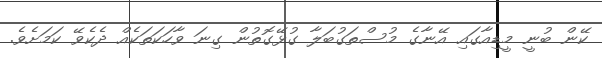
ކޭން ބުނީ މީޑިއާގައި އޭނާގެ މުސްތަގުބަލާ ގުޅޭގޮތުން ގިނަ ވާހަކަތަކެއް ދެކެވޭ ކަމަށެވެ.